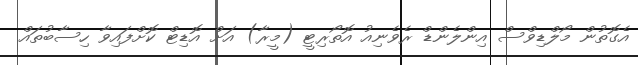
އެގޮތުން މޯލްޑިވްސް އިންލެންޑް ރެވެނިއު އޮތޯރިޓީ (މީރާ) އަށް އޮޑިޓް ކޮށްފައިވާ ހިސާބުތައް